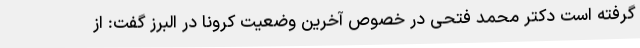
گرفته است دکتر محمد فتحی در خصوص آخرین وضعیت کرونا در البرز گفت: از